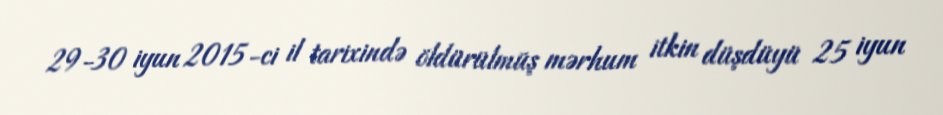
29-30 iyun 2015-ci il tarixində öldürülmüş mərhum itkin düşdüyü 25 iyun